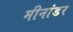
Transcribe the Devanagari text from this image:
मीनांडर